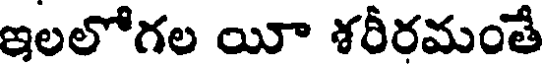
ఇలలోగల యీ శరీరమంతే